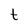
Character: t